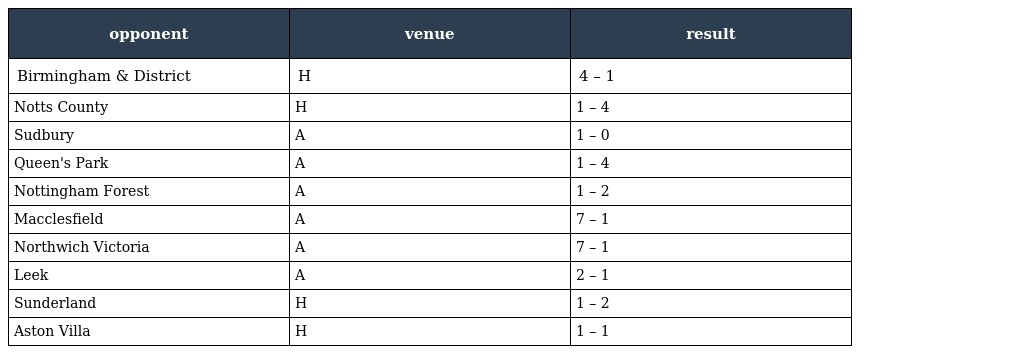
| opponent | venue | result |
 | --- | --- | --- |
 | Birmingham & District | H | 4 – 1 |
 | Notts County | H | 1 – 4 |
 | Sudbury | A | 1 – 0 |
 | Queen's Park | A | 1 – 4 |
 | Nottingham Forest | A | 1 – 2 |
 | Macclesfield | A | 7 – 1 |
 | Northwich Victoria | A | 7 – 1 |
 | Leek | A | 2 – 1 |
 | Sunderland | H | 1 – 2 |
 | Aston Villa | H | 1 – 1 |